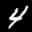
Label: 4